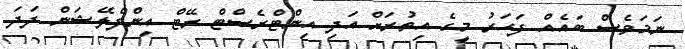
ނަމަވެސް ބައެއް ފަހަރު މީގެ އިތުރަށް އަދި އިންޓްރެސްޓް ރޭޓް އިންފްލޭޝަން ފަދަ